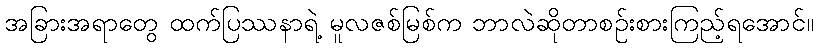
အခြားအရာတွေ ထက်ပြဿနာရဲ့ မူလဇစ်မြစ်က ဘာလဲဆိုတာစဉ်းစားကြည့်ရအောင်။